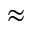
\approx